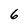
Character: 6